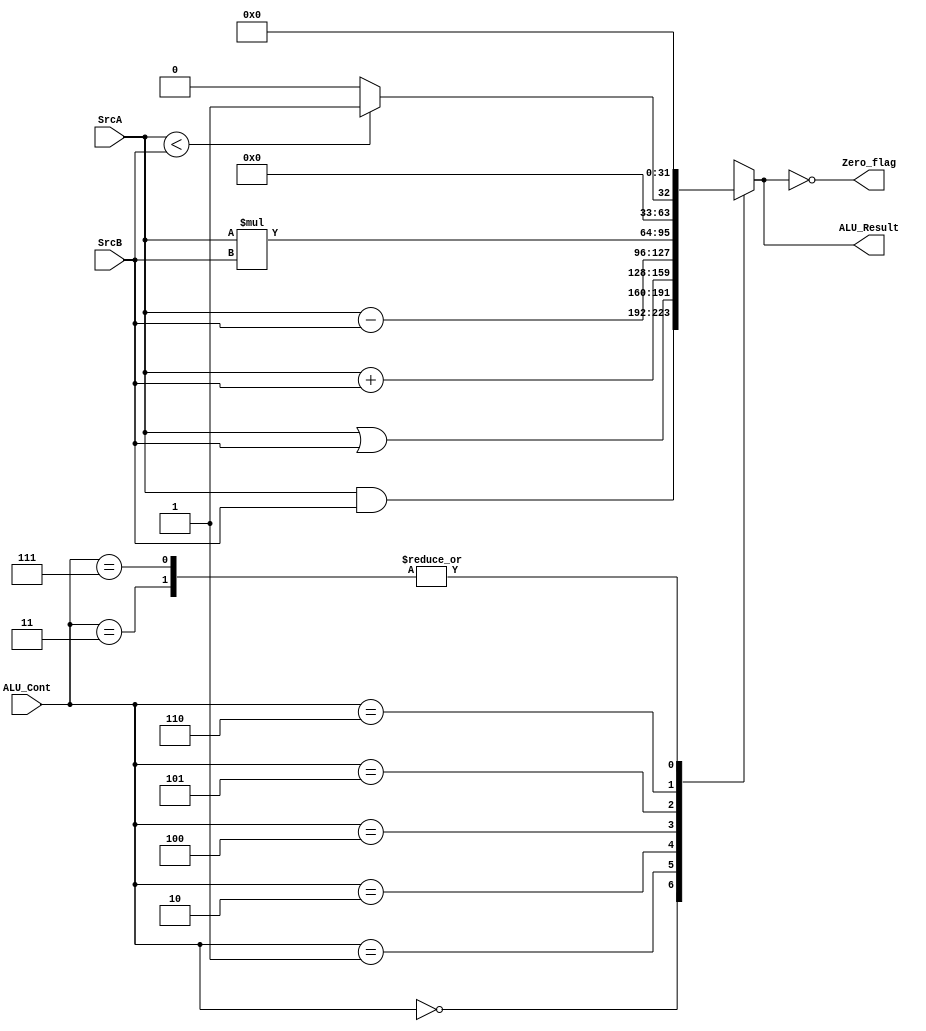
module ALU #(parameter ALU_Size = 32 ) (
    output reg  [ALU_Size-1:0]      ALU_Result,
    output reg                      Zero_flag,
    input  wire [ALU_Size-1:0]      SrcA,SrcB,
    input  wire [2:0]               ALU_Cont
);
    always @(*) begin
        case (ALU_Cont)
        3'b000 : begin
            ALU_Result = SrcA & SrcB ; 
        end
        3'b001 : begin
            ALU_Result = SrcA | SrcB ;
        end 
        3'b010 : begin
            ALU_Result = SrcA + SrcB ; 
        end
        3'b011 : begin
            ALU_Result = 32'b0 ;
        end 
        3'b100 : begin
            ALU_Result = (SrcA - SrcB);
        end 
        3'b101 : begin
            ALU_Result = (SrcA * SrcB);
        end
        3'b110 : begin
            if (SrcA < SrcB) begin
                ALU_Result  = 32'b1;
            end 
            else ALU_Result = 32'b0;

        end
        4'b111 : begin
            ALU_Result = 32'b0;
        end 

            default: begin
                ALU_Result = 32'd0;
            end
        endcase
    end
    always @(*) begin
        Zero_flag = (ALU_Result == 32'b0);
    end
endmodule